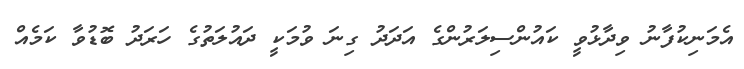
އެމަނިކުފާނު ވިދާޅުވީ ކައުންސިލަރުންގެ އަދަދު ގިނަ ވުމަކީ ދައުލަތުގެ ހަރަދު ބޮޑުވާ ކަމެއް